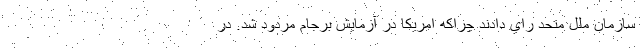
سازمان ملل متحد راي دادند چراكه امريكا در آزمايش برجام مردود شد. در